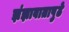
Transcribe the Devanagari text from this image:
झंझावातापुढे